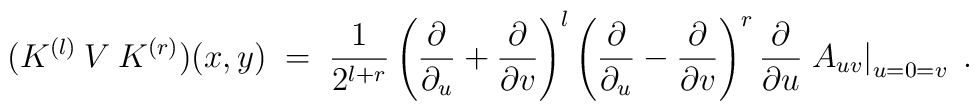
(K^{(l)}\:V\:K^{(r)})(x,y) \;=\; \frac{1}{2^{l+r}}\left(\frac{\partial}{\partial_u} + \frac{\partial}{\partial v} \right)^l\left(\frac{\partial}{\partial_u} - \frac{\partial}{\partial v} \right)^r\frac{\partial}{\partial u}  \left. A_{uv} \right|_{u=0=v}\;.